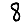
Digit: 8